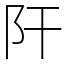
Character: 𨸗